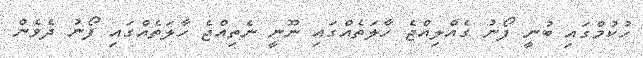
ހުކުމްގައި ބުނީ ފޯނު ގެއްލިއްޖެ ހާލަތެއްގައި ނޫނީ ނެތިއްޖެ ހާލަތެއްގައި ފޯނު ދެވެން